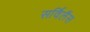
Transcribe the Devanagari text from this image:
सर्विलैंस